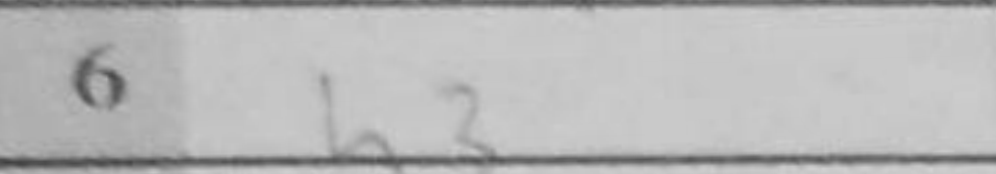
Transcription: h3